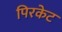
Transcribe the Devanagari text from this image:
पिरकेट